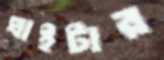
ঘাইটার